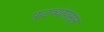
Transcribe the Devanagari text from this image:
फुटव्यांपासून